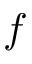
f